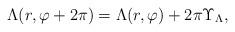
LaTeX: \begin{align*}\Lambda(r,\varphi+2\pi)=\Lambda(r,\varphi)+2\pi\Upsilon_\Lambda,\end{align*}